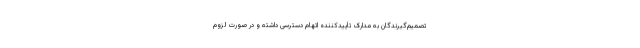
تصمیم‌گیرندگان به مدارک تأییدکننده اتهام دسترسی داشته و در صورت لزوم